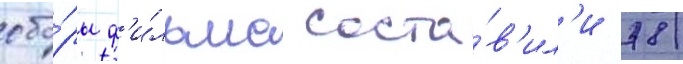
сбо́ры ф'и́льма соста́в'ил'и 78